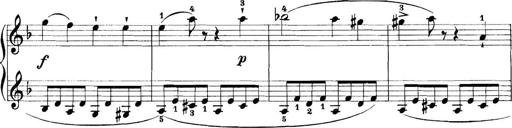
Title: 11 Sonatinas
Composer: Anton Diabelli